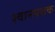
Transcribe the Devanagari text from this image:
श्वानपथक